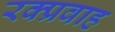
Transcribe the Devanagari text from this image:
रक्प्रवाह